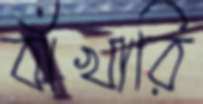
বাঁখারি